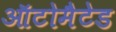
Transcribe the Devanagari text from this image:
ऑटोमैटेड